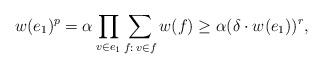
LaTeX: \begin{align*}w(e_1)^p=\alpha\prod_{v\in e_1}\sum_{f:\,v\in f}w(f)\geq\alpha(\delta\cdot w(e_1))^r, \end{align*}